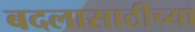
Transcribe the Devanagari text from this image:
बदलासाठीच्या